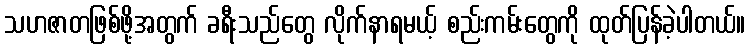
သဟဇာတဖြစ်ဖို့အတွက် ခရီးသည်တွေ လိုက်နာရမယ့် စည်းကမ်းတွေကို ထုတ်ပြန်ခဲ့ပါတယ်။